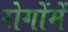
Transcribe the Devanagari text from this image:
रोगोंमें